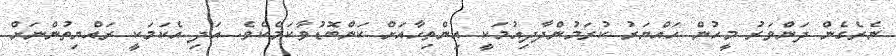
ނެރެގެން ދަންވަރު މީހުން ހައްޔަރު ކުރަމުންދާދިއުމަކީ އިންތިހާއަށް ކަންބޮޑުވާކަމެކެވެ. އަދި އެކަމަކީ ރައްޔިތުންނަށް